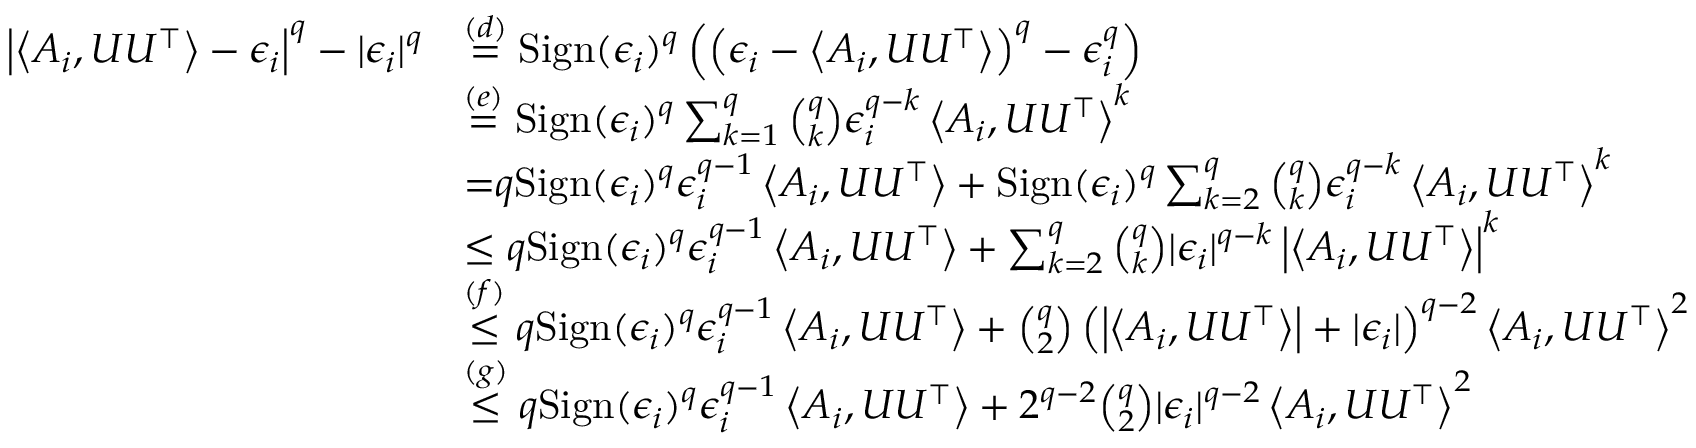
\begin{array} { r l } { \left| \left\langle A _ { i } , U U ^ { \top } \right\rangle - \epsilon _ { i } \right| ^ { q } - | \epsilon _ { i } | ^ { q } } & { \stackrel { ( d ) } { = } \mathrm { S i g n } ( \epsilon _ { i } ) ^ { q } \left( \left( \epsilon _ { i } - \left\langle A _ { i } , U U ^ { \top } \right\rangle \right) ^ { q } - \epsilon _ { i } ^ { q } \right) } \\ & { \stackrel { ( e ) } { = } \mathrm { S i g n } ( \epsilon _ { i } ) ^ { q } \sum _ { k = 1 } ^ { q } \binom { q } { k } \epsilon _ { i } ^ { q - k } \left\langle A _ { i } , U U ^ { \top } \right\rangle ^ { k } } \\ & { { = } q \mathrm { S i g n } ( \epsilon _ { i } ) ^ { q } \epsilon _ { i } ^ { q - 1 } \left\langle A _ { i } , U U ^ { \top } \right\rangle + \mathrm { S i g n } ( \epsilon _ { i } ) ^ { q } \sum _ { k = 2 } ^ { q } \binom { q } { k } \epsilon _ { i } ^ { q - k } \left\langle A _ { i } , U U ^ { \top } \right\rangle ^ { k } } \\ & { \leq q \mathrm { S i g n } ( \epsilon _ { i } ) ^ { q } \epsilon _ { i } ^ { q - 1 } \left\langle A _ { i } , U U ^ { \top } \right\rangle + \sum _ { k = 2 } ^ { q } \binom { q } { k } | \epsilon _ { i } | ^ { q - k } \left| \left\langle A _ { i } , U U ^ { \top } \right\rangle \right| ^ { k } } \\ & { \stackrel { ( f ) } { \leq } q \mathrm { S i g n } ( \epsilon _ { i } ) ^ { q } \epsilon _ { i } ^ { q - 1 } \left\langle A _ { i } , U U ^ { \top } \right\rangle + \binom { q } { 2 } \left( \left| \left\langle A _ { i } , U U ^ { \top } \right\rangle \right| + | \epsilon _ { i } | \right) ^ { q - 2 } \left\langle A _ { i } , U U ^ { \top } \right\rangle ^ { 2 } } \\ & { \stackrel { ( g ) } { \leq } q \mathrm { S i g n } ( \epsilon _ { i } ) ^ { q } \epsilon _ { i } ^ { q - 1 } \left\langle A _ { i } , U U ^ { \top } \right\rangle + 2 ^ { q - 2 } \binom { q } { 2 } | \epsilon _ { i } | ^ { q - 2 } \left\langle A _ { i } , U U ^ { \top } \right\rangle ^ { 2 } } \end{array}